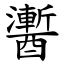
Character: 䤔